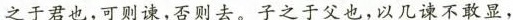
之于君也，可则谏，否则去。子之于父也，以几谏不敢显，